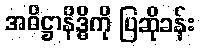
အဓိဋ္ဌာနိဒ္ဓိကို ပြဆိုခန်း